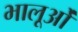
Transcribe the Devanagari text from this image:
भालूओंं